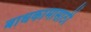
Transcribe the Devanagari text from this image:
बाधकामासाठी